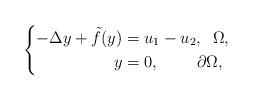
LaTeX: \begin{align*}\left \{\begin{aligned}-\Delta y + \tilde{f}( y)&=u_{1}-u_{2}, \;\; \Omega,\\y&=0, \;\quad\quad\partial \Omega,\end{aligned}\right. \end{align*}